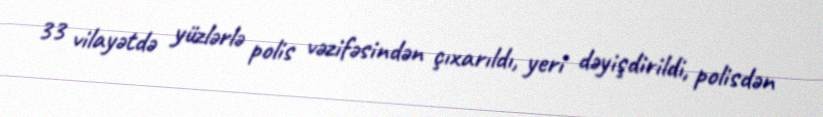
33 vilayətdə yüzlərlə polis vəzifəsindən çıxarıldı, yeri dəyişdirildi, polisdən